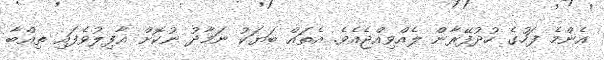
އެންމެ ފަހުގެ ހުދުފޭރާން ލެއްވިއްޖެއެވެ. އެތައް ބަޔަކު ނަމާދު ނުކޮށް ޣާފިލުވެފައި ތިއްބާ